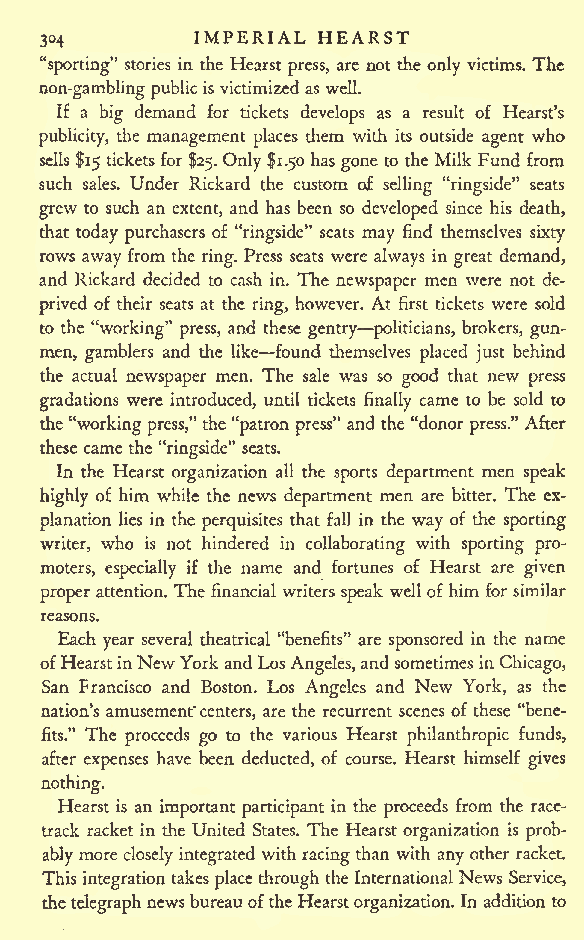
IMPERIAL HEARST
 304
 "sporting" stories in the Hearst press, are not the only victims. The
 non-gamblingpublicis victimizedas well.
 If a big demand for tickets develops as a result of Hearst's
 publicity, the management places them with its outside agent who
 sells $15 ticketsfor $25. Only $1.50 hasgone to the Milk Fund from
 such sales. Under Rickard the custom of selling "ringside" seats
 grew to such an extent, and has been so developed since his death,
 that today purchasers of "ringside" seats may find themselves sixty
 rows away from the ring. Press seats were always in great demand,
 and Rickard decided to cash in. The newspaper men were not de-
 prived of their seats at the ring, however. At first tickets were sold
 to the "working" press, and these gentry politicians, brokers, gun-
 men, gamblers and the like found themselves placed just behind
 the actual newspaper men. The sale was so good that new press
 gradations were introduced, until tickets finally came to be sold to
 the"workingpress," the"patron press" and the "donor press." After
 these came the "ringside" seats.
 In the Hearst organization all the sports department men speak
 highly of him while the news department men are bitter. The ex-
 planation lies in the perquisites that fall in the way of the sporting
 writer, who is not hindered in collaborating with sporting pro-
 moters, especially if the name and fortunes of Hearst are given
 proper attention. The financial writers speak wellof him for similar
 reasons.
 Each year several theatrical "benefits" are sponsored in the name
 ofHearstinNewYorkandLos Angeles,andsometimes in Chicago,
 San Prancisco and Boston. Los Angeles and New York, as the
 nation's amusement"centers, are the recurrent scenes of these "bene-
 fits." The proceeds go to the various Hearst philanthropic funds,
 after expenses have been deducted, of course. Hearst himself gives
 nothing.
 Hearst is an important participant in the proceeds from the race-
 track racket in the United States. The Hearst organization is prob-
 ably more closely integrated with racingthan with any other racket.
 This integrationtakesplace through theInternationalNews Service,
 thetelegraphnewsbureauoftheHearstorganization. In additionto